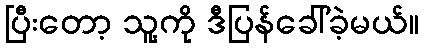
ပြီးတော့ သူ့ကို ဒီပြန်ခေါ်ခဲ့မယ်။